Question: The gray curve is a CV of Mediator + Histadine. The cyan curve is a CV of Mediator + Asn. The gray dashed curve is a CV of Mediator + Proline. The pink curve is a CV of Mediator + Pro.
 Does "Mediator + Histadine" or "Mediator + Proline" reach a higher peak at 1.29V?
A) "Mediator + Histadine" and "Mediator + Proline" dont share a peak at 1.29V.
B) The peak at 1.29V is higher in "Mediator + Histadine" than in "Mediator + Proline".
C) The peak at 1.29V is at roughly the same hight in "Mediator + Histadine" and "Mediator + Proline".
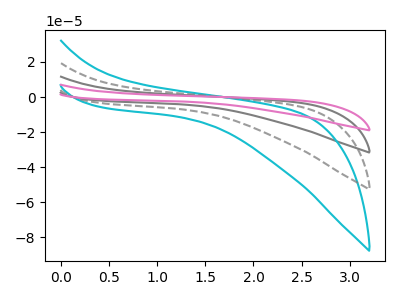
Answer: <think>The gray curve "Mediator + Histadine" has no peaks. The cyan curve "Mediator + Asn" has no peaks. The gray dashed curve "Mediator + Proline" has no peaks. The pink curve "Mediator + Pro" has no peaks.</think>
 <answer>A) "Mediator + Histadine" and "Mediator + Proline" dont share a peak at 1.29V.</answer>
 <eval>A</eval>